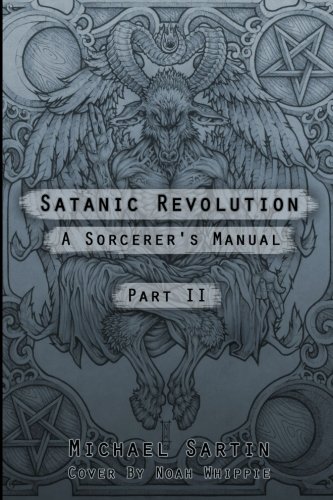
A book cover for Satanic Revolution: A Sorcerer's Manual Part II (Part 2); Michael Sartin; Religion & Spirituality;